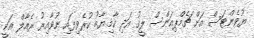
ޔުވެންޓަސް އަށް ޗެމްޕިއަންސް ލީގު އަދި ކާމިޔާބު ކުރެވިފައި ނުވާއިރު ރެއާލް އަކީ